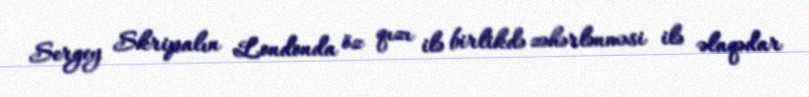
Sergey Skripalın Londonda öz qızı ilə birlikdə zəhərlənməsi ilə əlaqədar